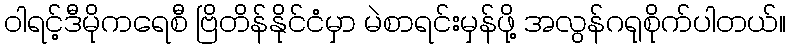
ဝါရင့်ဒီမိုကရေစီ ဗြိတိန်နိုင်ငံမှာ မဲစာရင်းမှန်ဖို့ အလွန်ဂရုစိုက်ပါတယ်။